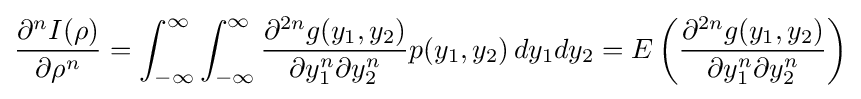
{\frac {\partial ^{n}I(\rho )}{\partial \rho ^{n}}}=\int _{-\infty }^{\infty }\int _{-\infty }^{\infty }{\frac {\partial ^{2n}g(y_{1},y_{2})}{\partial y_{1}^{n}\partial y_{2}^{n}}}p(y_{1},y_{2})\,dy_{1}dy_{2}=E\left({\frac {\partial ^{2n}g(y_{1},y_{2})}{\partial y_{1}^{n}\partial y_{2}^{n}}}\right)